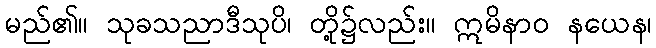
မည်၏။ သုခသညာဒီသုပိ၊ တို့၌လည်း။ ဣမိနာဝ နယေန၊